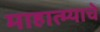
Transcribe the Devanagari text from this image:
माहात्म्याचे